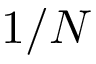
1 / N